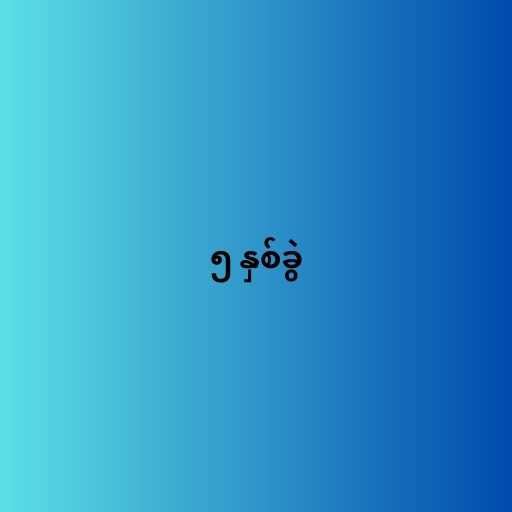
၅ နှစ်ခွဲ